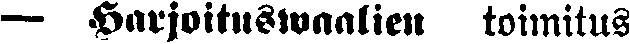
— Harjoituswaalien toimitus